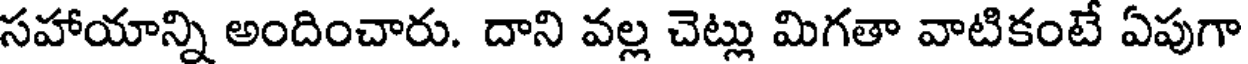
సహాయాన్ని అందించారు. దాని వల్ల చెట్లు మిగతా వాటికంటే ఏపుగా